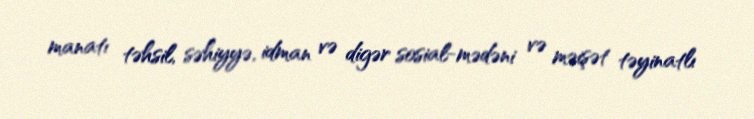
manatı təhsil, səhiyyə, idman və digər sosial-mədəni və məişət təyinatlı